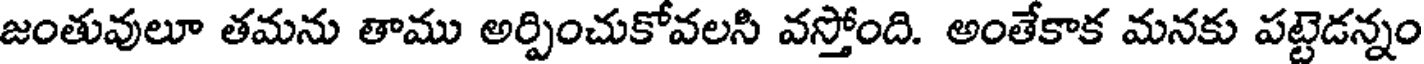
జంతువులూ తమను తాము అర్పించుకోవలసి వస్తోంది. అంతేకాక మనకు పట్టెడన్నం